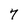
Character: 7